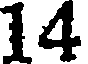
14